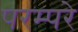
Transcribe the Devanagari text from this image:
परम्परे